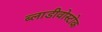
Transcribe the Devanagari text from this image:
ब्लाडीवोस्टोक